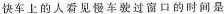
快车上的人看见慢车驶过窗口的时间是